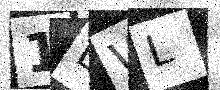
Text: 1LWL